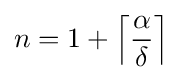
n=1+\left\lceil {\frac {\alpha }{\delta }}\right\rceil